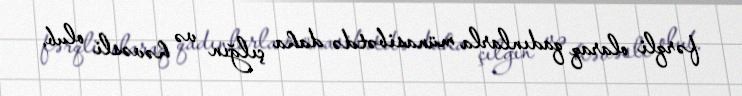
fərqli olaraq qadınlarla münasibətdə daha çılğın və həvəsli olub.